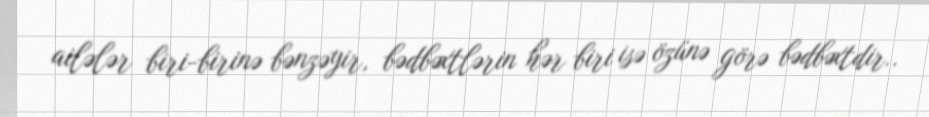
ailələr biri-birinə bənzəyir, bədbəxtlərin hər biri isə özünə görə bədbəxtdir..